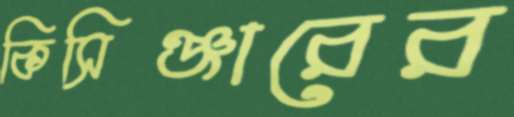
কিসিঞ্জারের